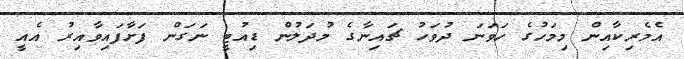
އެމެރިކާއިން މިމަހުގެ ހަވަނަ ދުވަހު ޗައިނާގެ މުދަލުން ޑިއުޓީ ނަގަން ފަށާފައިވާއިރު އެއީ